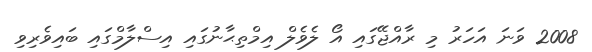
2008 ވަނަ އަހަރު މި ރާއްޖޭގައި އޯ ލެވެލް އިމްތިޙާނުގައި އިސްލާމްގައި ބައިވެރިވި